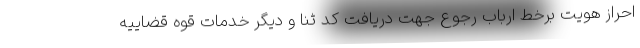
احراز هویت برخط ارباب رجوع جهت دریافت کد ثنا و دیگر خدمات قوه قضاییه